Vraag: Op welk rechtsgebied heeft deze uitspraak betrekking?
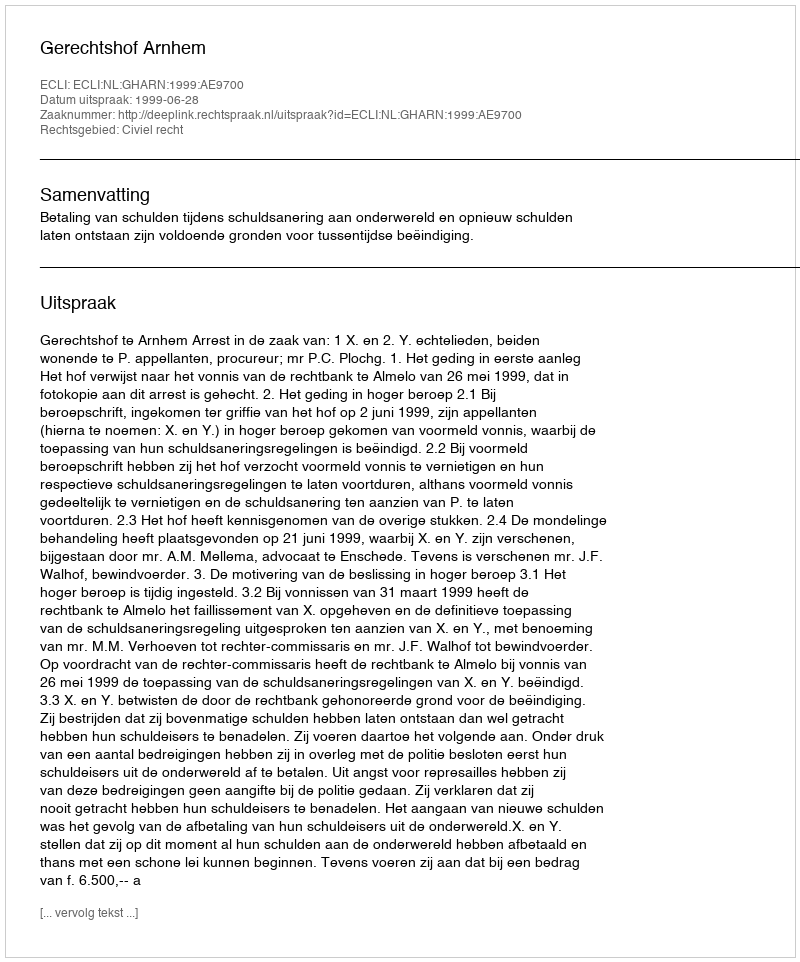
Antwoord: Civiel recht